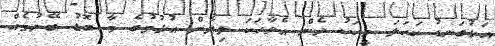
އަޅުގަނޑު ކަހަލަ މީހަކު ދެން އެވާހަކަ ލިޔާން އުޅުމުގެ މާ ބޮޑު ބޭނުމެއް